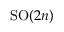
\mathrm { S O } ( 2 n )